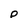
Character: p